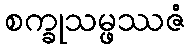
စက္ခုသမ္ဖဿဇံ